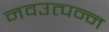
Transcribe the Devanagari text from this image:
नवउत्पन्न